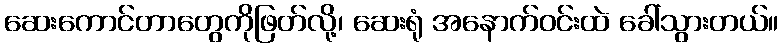
ဆေးကောင်တာတွေကိုဖြတ်လို့၊ ဆေးရုံ အနောက်ဝင်းထဲ ခေါ်သွားတယ်။